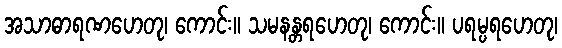
အသာဓာရဏဟေတု၊ ကောင်း။ သမနန္တရဟေတု၊ ကောင်း။ ပရမ္ပရဟေတု၊